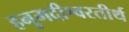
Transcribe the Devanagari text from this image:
हनुमदीश्वरतीर्थ